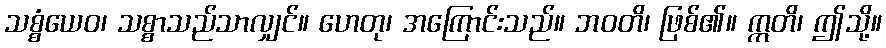
သစ္စံယေဝ၊ သစ္စာသည်သာလျှင်။ ဟေတု၊ အကြောင်းသည်။ ဘဝတိ၊ ဖြစ်၏။ ဣတိ၊ ဤသို့။